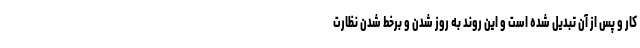
کار و پس از آن تبدیل شده است و این روند به روز شدن و برخط شدن نظارت